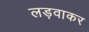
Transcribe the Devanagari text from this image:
लड़वाकर